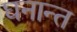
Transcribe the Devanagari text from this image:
घनान्त